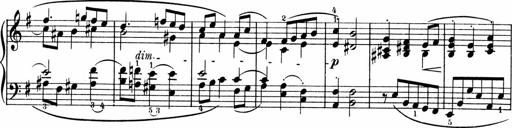
Title: 3 Sonatinen fÃ¼r Pianoforte
Composer: Fritz von Bose